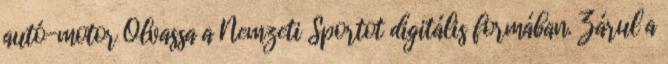
autó-motor Olvassa a Nemzeti Sportot digitális formában. Zárul a